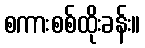
စကားစစ်ထိုးခန်း။